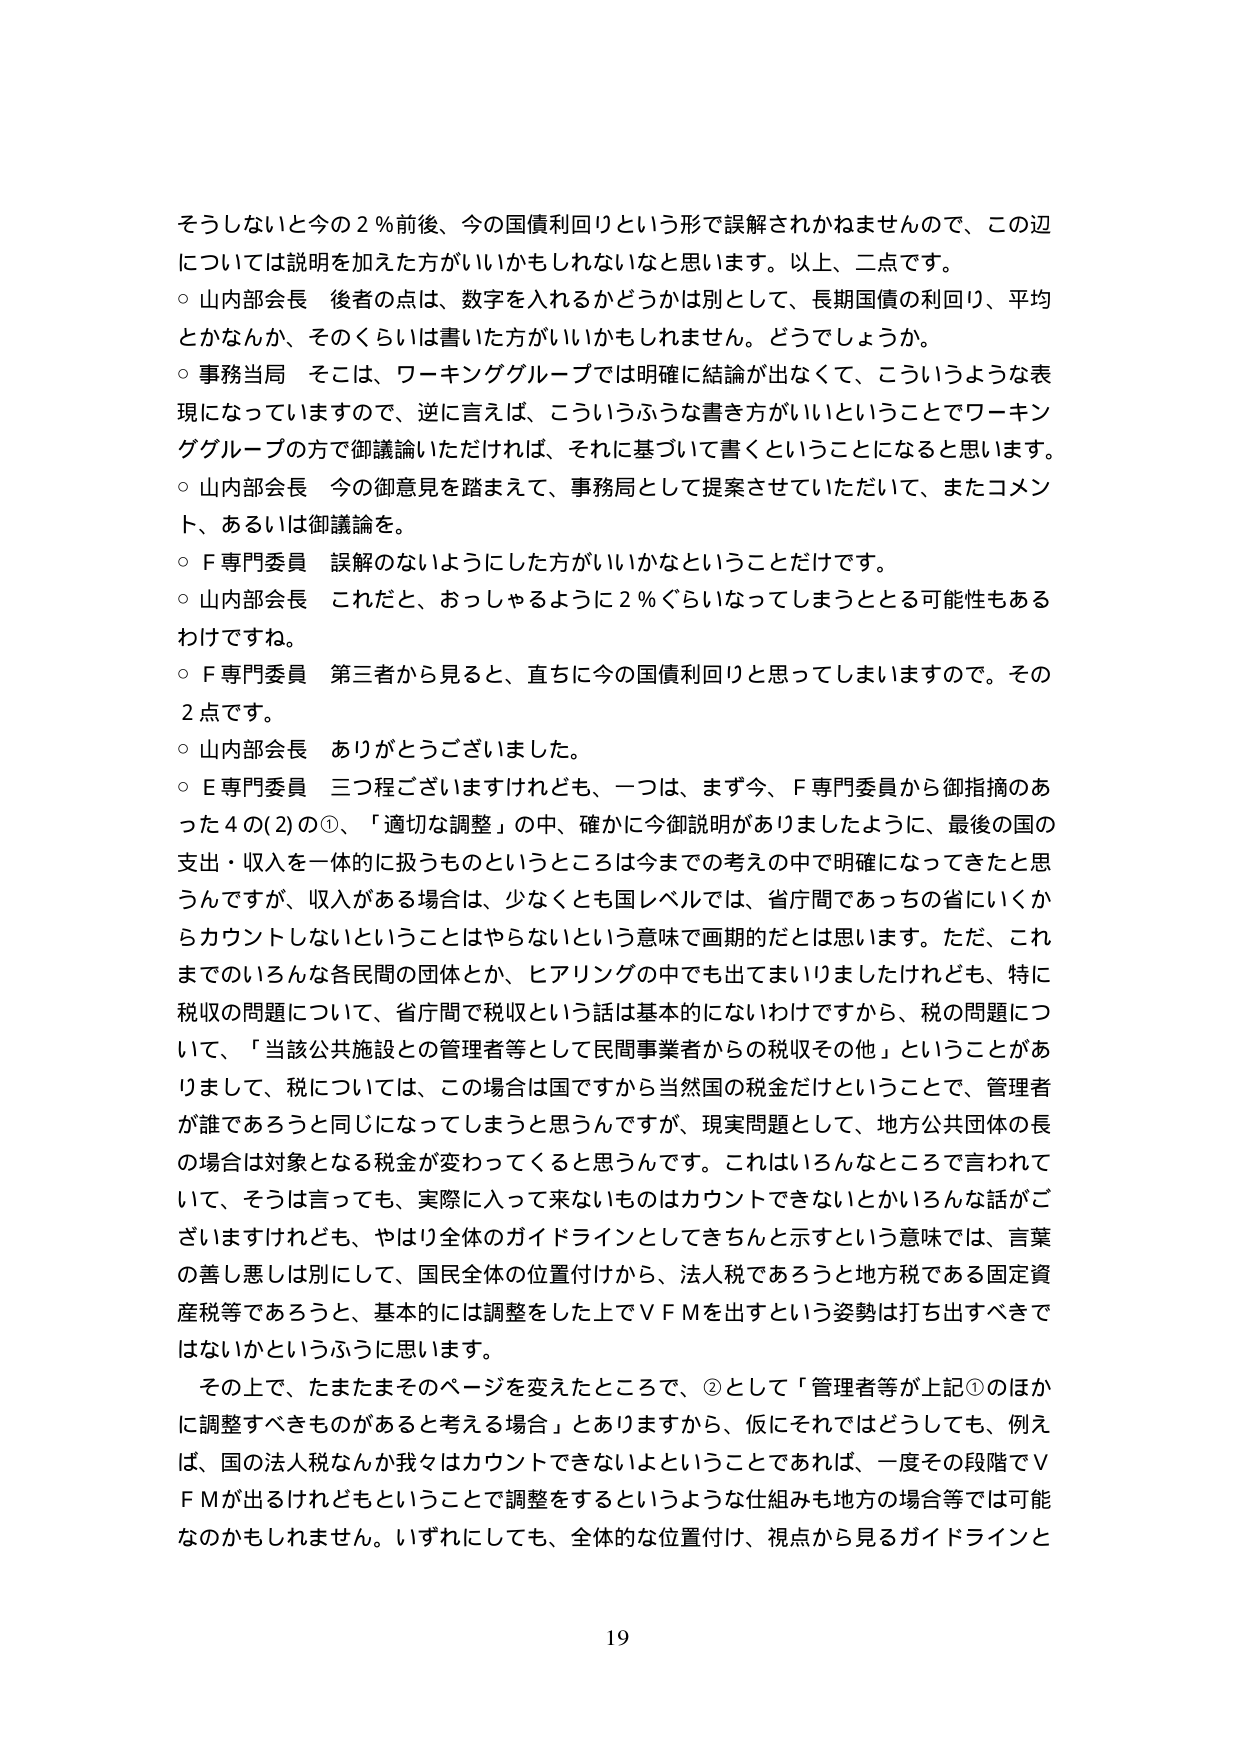
そうしないと今の２％前後、今の国債利回りという形で誤解されかねませんので、この辺については説明を加えた方がいいかもしれないと思います。以上、二点です。

○ 山内部会長 後者の点は、数字を入れるかどうかは別として、長期国債の利回り、平均とかなんか、そのくらいは書いた方がいいかもしれません。どうでしょうか。

○ 事務当局 そこは、ワーキンググループでは明確に結論が出なくて、こういうような表現になっていますので、逆に言えば、こういうふうな書き方がいいということでワーキンググループの方で御議論いただければ、それに基づいて書くということになると思います。

○ 山内部会長 今の御意見を踏まえて、事務局として提案させていただいて、またコメント、あるいは御議論を。

○ F専門委員 誤解のないようにした方がいいかなということだけです。

○ 山内部会長 これだと、おっしゃるように２％ぐらいになってしまうとする可能性もあるわけですね。

○ F専門委員 第三者から見ると、直ちに今の国債利回りと思ってしまいますので。その２点です。

○ 山内部会長 ありがとうございました。

○ E専門委員 三つ程ございますけれども、一つは、まず今、F専門委員から御指摘のあった４の(2)の①、「適切な調整」の中、確かに今御説明がありましたように、最後の国の支出・収入を一体的に扱うものというところは今までの考えの中で明確になってきたと思うんですが、収入がある場合は、少なくとも国レベルでは、省庁間であっちの省にいくからカウントしないということとはやらないという意味で画期的だとは思います。ただ、これまでのいろんな各民間の団体とか、ヒアリングの中でも出てまいりましたけれども、特に税収の問題について、省庁間で税収という話は基本的にないわけですから、税の問題について、「当該公共施設との管理者等として民間事業者からの税収その他」ということがありまして、税については、この場合は国ですから当然国の税金だけということで、管理者が誰であろうと同じになってしまうと思うんですが、現実問題として、地方公共団体の長の場合は対象となる税金が変わってくると思うんです。これはいろんなところで言われていて、そうは言っても、実際に入って来ないものはカウントできないとかいろんな話がございますけれども、やはり全体のガイドラインとしてきちんと示すという意味では、言葉の善し悪しは別にして、国民全体の位置付けから、法人税であろうと地方税である固定資産税等であろうと、基本的には調整をした上でＶＦＭを出すという姿勢は打ち出すべきではないかというふうに思います。

その上で、たまたまそのページを変えたところで、②として「管理者等が上記①のほかに調整すべきものがあると考える場合」とありますから、仮にそれではどうしても、例えば、国の法人税なんか我々はカウントできないよということであれば、一度その段階でＶＦＭが出るけれどもということで調整をするというような仕組みも地方の場合等では可能なのかもしれません。いずれにしても、全体的な位置付け、視点から見るガイドラインと

19